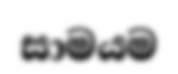
සාමයම